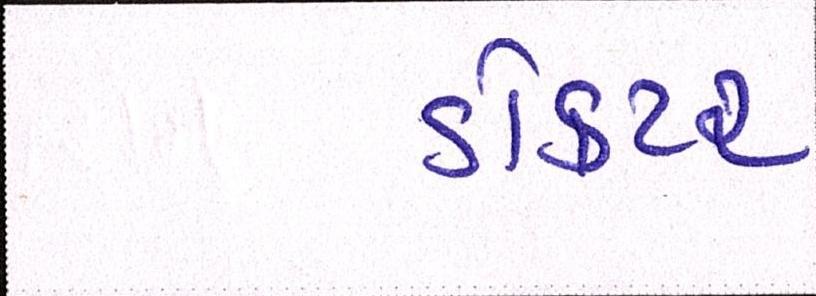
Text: ડોકટર